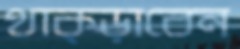
থাক্‌ড়াবেন